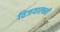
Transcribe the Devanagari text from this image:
विजयाल्क्ष्मी